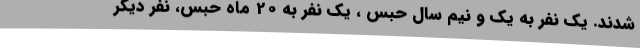
شدند. یک نفر به یک و نیم سال حبس ، یک نفر به 20 ماه حبس، نفر دیگر